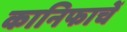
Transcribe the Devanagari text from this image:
कानिफाचें